Vaccination in the Punjab 1897-1904 - 1897-1904
Year: 1897
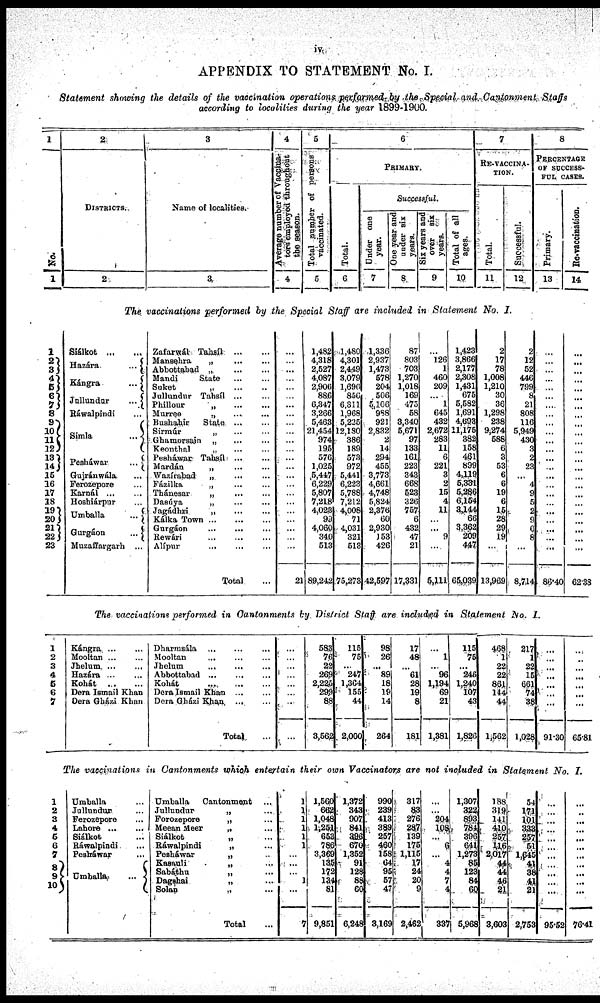
iv.
APPENDIX TO STATEMENT No. I.
Statement showing the details of the vaccination operations performed by the Special and Cantonment
Staffs
according to localities during the year 1899-1900.
1
No.
1
2
DISTRICTS.
2
3
Name of localities.
3
4
Average number of Vaccina-
tors employed throughout
the season.
4
5
Total number of persons
vaccinated.
5
6
PRIMARY.
Total.
6
Successful.
Under one
year.
7
One year and
under six
years.
8
Six years and
over six
years.
9
Total of all
ages.
10
7
RE-VACCINA-
TION.
Total.
11
Successful.
12
8
PERCENTAGE
OF SUCCESS-
FUL CASES.
Primary.
13
Re-vaccination.
14
The vaccinations performed by the Special Staff are included in Statement No. I.
1
2 3
4 5
6 7
8
9
10
11
12
13
14
15
16
17
18
19
20
21
22
23
Siálkot ... ...
Hazára
...
Kángra
...
Jullundur
...
Ráwalpindi ...
Simla
...
Pesháwar
...
Gujránwála ...
Ferozepore ...
Karnál ... ...
Hoshiárpur ...
Umballa
...
Gurgáon
...
Muzaffargarh ...
Zafarwál Tahsíl
...
...
Mansehra „ ... ...
Abbottabad
„
...
...
Mandi
State ... ...
Soket „ ... ...
Jullundur Tahsíl
...
...
Phillour
„
...
...
Murree „ ... ...
Bushahir
State ... ...
Sirmúr „ ... ...
Ghamorsain „ ... ...
Keonthal „ ... ...
Pesháwar
Tahsíl ... ...
Mardán „ ... ...
Wazirabad „ ... ...
Fázilka
„ ... ...
Thánesar
„
...
...
Dasúya „ ... ...
Jagádhrí
„
...
...
Kálka Town
...
...
...
Gurgáon ... ... ...
Rewári
...
...
...
Alípur ... ... ...
Total ...
...
...
...
...
...
...
...
...
...
...
...
...
...
...
...
...
...
...
...
...
...
...
...
21
1,482
4,318
2,527
4,067
2,906
886
6,347
3,266
5,463
21,454
974
195
576
1,025
5,447
6,229
5,807
7,218
4,028
99
4,060
340
513
89,242
1,480
4,301
2,449
3,079
1,696
850
6,311
1,968
5,226
12,130
386
189
573
972
5,441
6,223
5,788
7,212
4,008
71
4,031
321
513
75,273
1,336
2,937
1,473
578
204
506
5,106
988
921
2,832
2
14
294
455
3,773
4,661
4,748
5,824
2,376
60
2,930
153
426
42,597
87
803
703
1,270
1,018
169
475
58
3,340
5,671
97
133
161
223
343
668
523
326
757
6
432
47
21
17,331
...
126
1
460
209
...
1
645
432
2,672
283
11
6
221
3
2
15
4
11
...
...
9
...
5,111
1,423
3,866
2,177
2,308
1,431
675
5,582
1,691
4,693
11,175
382
158
461
839
4,113
5,331
5,286
6,154
3,144
66
3,362
209
447
65,039
2
17
78
1,008
1,210
30
36
1,298
238
9,274
588
6
3
53
6
6
19
6
15
28
29
19
...
13,969
2
12
52
440
799
8
21
808
116
5,949
430
3
2
23
...
4
9
5
2
9
6
8
...
8,714
...
...
...
...
...
...
...
...
...
...
...
...
...
...
...
...
...
...
...
...
...
...
...
86.40
...
...
...
...
...
...
...
...
...
...
...
...
...
...
...
...
...
...
...
...
...
...
...
62.38
The vaccinations performed in Cantonments by District Staff are included in Statement
No. I.
1
2
3
4
5
6
7
Kángra
...
...
Mootlan ...
Jhelum ... ...
Hazára
...
...
Kohát
...
Dera Ismail Khan
Dera Gházi Khan
Dharmsála ... ... ...
Mooltan ... ... ...
Jhelum ... ... ...
Abbottabad
...
...
...
Kohát
...
...
Dera Ismail Khan ... ...
Dera Gházi Khan
... ...
Total ...
...
...
...
...
...
...
...
...
583
76
23
269
2,225
299
88
3,562
115
75
...
247
1,364
155
44
2,000
98
26
...
89
18
19
14
264
17
48
...
61
28
19
8
181
...
1
...
96
1,194
69
21
1,381
115
75
...
246
1,240
107
43
1,826
468
1
22
22
861
144
44
1,562
217
1
22
15
661
74
38
1,028
...
...
...
...
...
...
...
91.30
...
...
...
...
...
...
...
65.81
The vaccinations in Cantonments which entertain their own Vaccinators are not included in Statement No. I.
1
2
3
4
5
6
7
8
9
10
Umballa ...
Jullundur ...
Ferozepore ...
Lahore
...
...
Biálkot ...
Ráwalpindi ...
Pesháwar ...
Umballa
...
Umballa
Cantonment ...
Jullundur
„ ...
Forozepore
„ ...
Mean Meer
„ ...
Siálkot „ ...
Ráwalpindi
„ ...
Peshàwar
„ ...
Kasauli
„ ...
Sebáthu
„ ...
Dagahsi
„ ...
Solao „ ...
Total ...
1
1
1
1
1
1
...
...
...
1
...
7
1,560
662
1,048
1,251
653
786
3,369
135
172
134
81
9,851
1,372
343
907
841
396
670
1,352
91
128
88
60
6,248
990
239
413
389
257
460
158
64
95
57
47
3,169
317
83
276
287
139
175
1,115
17
24
20
9
2,462
...
...
204
108
...
6
...
4
4
7
4
337
1,307
322
893
784
396
641
1,273
85
123
84
60
5,968
188
319
141
440
257
116
2,017
44
44
46
21
3,603
54
171
101
333
257
51
1,645
41 38
41
21
2,753
...
...
...
...
...
...
...
...
...
...
...
95.52
...
...
...
...
...
...
...
...
...
...
...
76.41